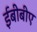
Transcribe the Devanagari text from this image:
ईबीबीए